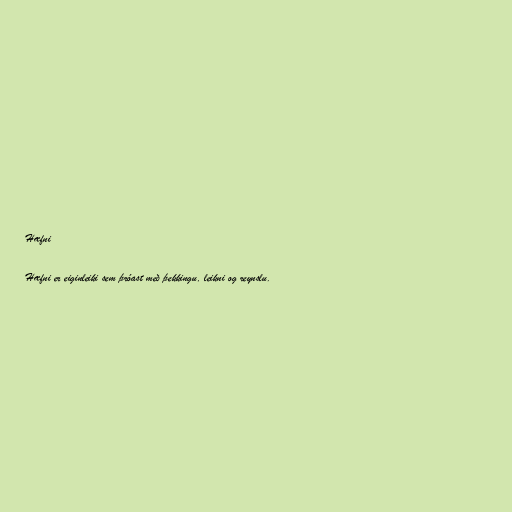
Hæfni

Hæfni er eiginleiki sem þróast með þekkingu, leikni og reynslu.